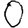
Digit: 0